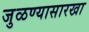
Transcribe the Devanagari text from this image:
जुळण्यासारखा